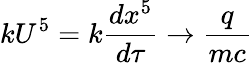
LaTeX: kU^{5}=k{\frac{dx^{5}}{d\tau}}\rightarrow{\frac{q}{mc}}